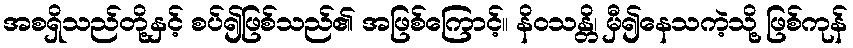
အစရှိသည်တို့နှင့် စပ်၍ဖြစ်သည်၏ အဖြစ်ကြောင့်။ နိဝသန္တိ၊ မှီ၍နေသကဲ့သို့ ဖြစ်ကုန်